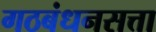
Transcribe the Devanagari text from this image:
गठबंधनसत्ता